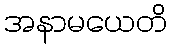
အနာမယေတိ